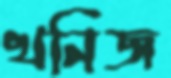
খনিজ